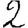
Digit: 2